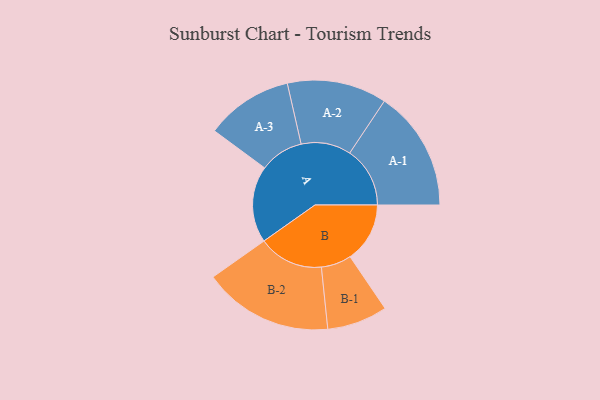
{"axis": {"x": "Segment", "y": "Value"}, "legend": ["", "A", "B"], "data": [{"x": "A", "y": 309, "type": ""}, {"x": "B", "y": 241, "type": ""}, {"x": "A-1", "y": 243, "type": "A"}, {"x": "A-2", "y": 201, "type": "A"}, {"x": "A-3", "y": 176, "type": "A"}, {"x": "B-1", "y": 122, "type": "B"}, {"x": "B-2", "y": 262, "type": "B"}]}